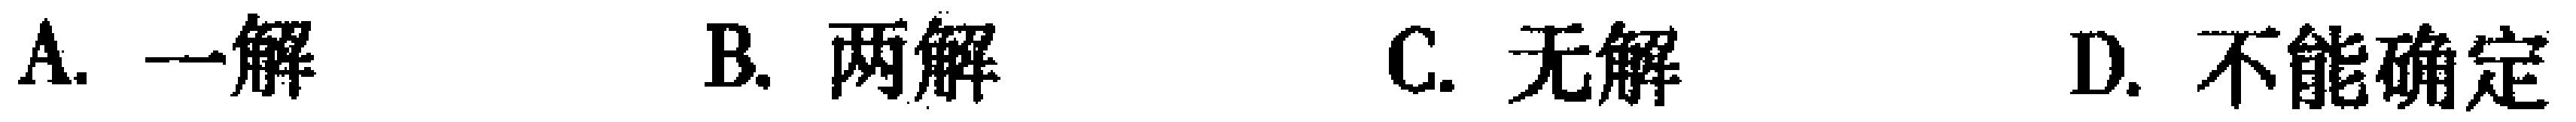
A. 一解  B. 两解  C. 无解  D. 不能确定